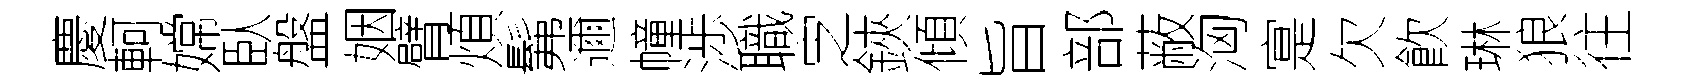
慶軻嫦臥盤姻臂煩髴邇幢渉職㝎鋏傾旨部蔽洶寔欠飮琳狼往